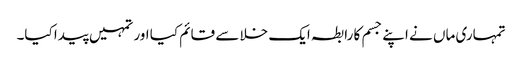
تمہاری ماں نے اپنے جسم کا رابطہ ایک خلا سے قائم کیا اور تمہیں پیدا کیا۔